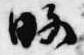
略